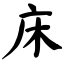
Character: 床